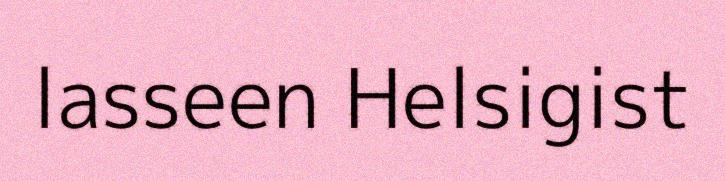
lasseen Helsigist